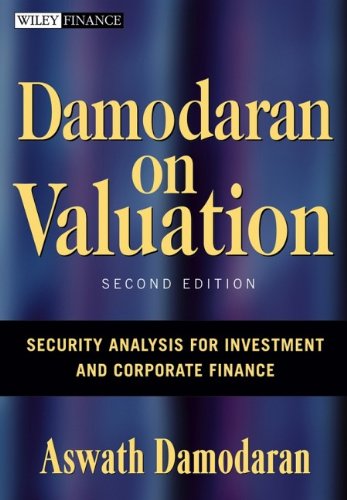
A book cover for Damodaran on Valuation: Security Analysis for Investment and Corporate Finance; Aswath Damodaran; Business & Money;